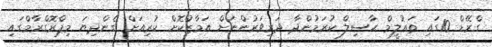
ގްރޭޑް 10ގައި ތަޢުލީމް ޙާސިލް ކުރަމުންދާ ދަރިވަރުންނަށް އަމާޒުކޮށް ކުރިއަށް ގެންދިޔަ މިޕްރޮގްރާމްގައި